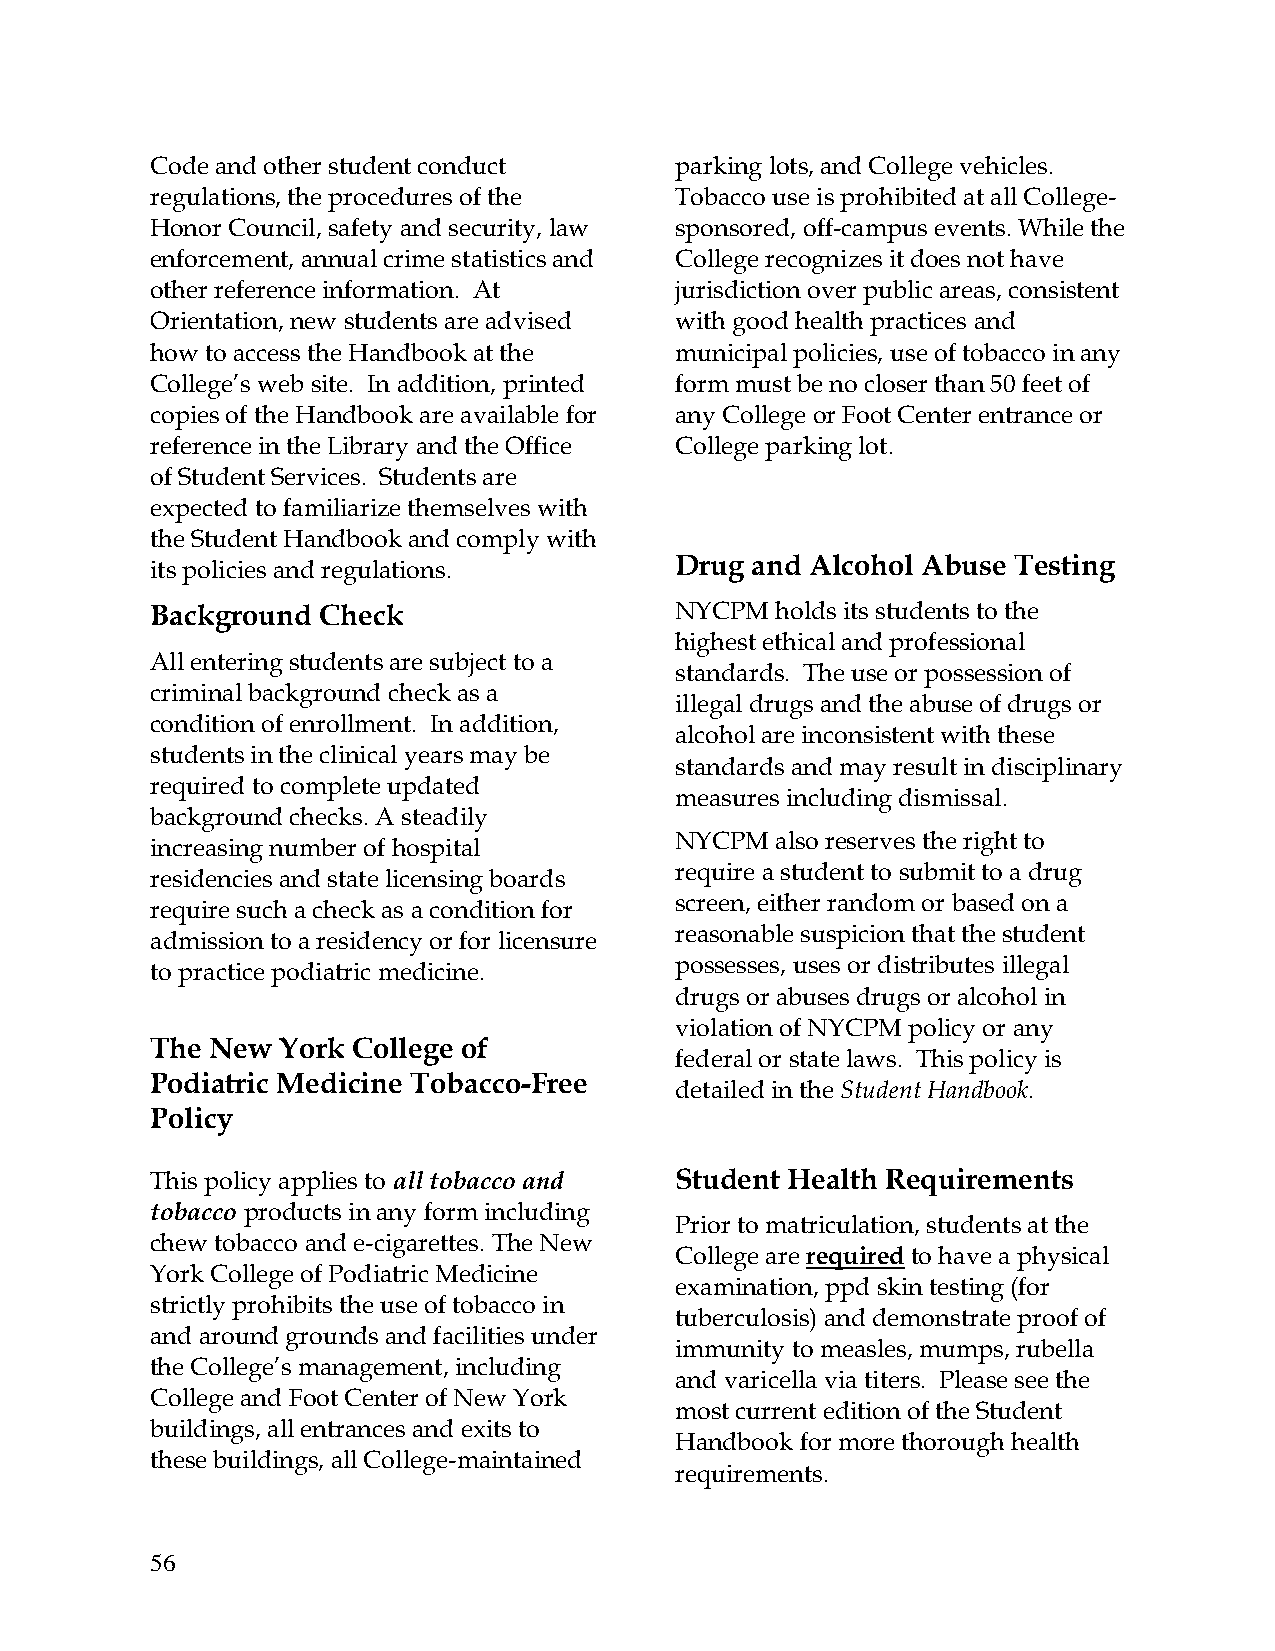
Code and other student conduct     parking lots, and College vehicles.
 regulations, the procedures of the Tobacco use is prohibited at all College-
 Honor Council, safety and security, law sponsored, off-campus events. While the
 enforcement, annual crime statistics and College recognizes it does not have
 other reference information. At    jurisdiction over public areas, consistent
 Orientation, new students are advised with good health practices and
 how to access the Handbook at the  municipal policies, use of tobacco in any
 College’s web site. In addition, printed form must be no closer than 50 feet of
 copies of the Handbook are available for any College or Foot Center entrance or
 reference in the Library and the Office College parking lot.
 of Student Services. Students are
 expected to familiarize themselves with
 the Student Handbook and comply with
 Drug and Alcohol Abuse Testing
 its policies and regulations.
 Background Check                   NYCPM holds its students to the
 highest ethical and professional
 All entering students are subject to a
 standards. The use or possession of
 criminal background check as a
 illegal drugs and the abuse of drugs or
 condition of enrollment. In addition,
 alcohol are inconsistent with these
 students in the clinical years may be
 standards and may result in disciplinary
 required to complete updated
 measures including dismissal.
 background checks. A steadily
 NYCPM also reserves the right to
 increasing number of hospital
 require a student to submit to a drug
 residencies and state licensing boards
 screen, either random or based on a
 require such a check as a condition for
 reasonable suspicion that the student
 admission to a residency or for licensure
 possesses, uses or distributes illegal
 to practice podiatric medicine.
 drugs or abuses drugs or alcohol in
 violation of NYCPM policy or any
 The New  York College of
 federal or state laws. This policy is
 Podiatric Medicine Tobacco-Free
 detailed in the Student Handbook.
 Policy
 This policy applies to all tobacco and Student Health Requirements
 tobacco products in any form including
 Prior to matriculation, students at the
 chew tobacco and e-cigarettes. The New
 College are required to have a physical
 York College of Podiatric Medicine
 examination, ppd skin testing (for
 strictly prohibits the use of tobacco in
 tuberculosis) and demonstrate proof of
 and around grounds and facilities under
 immunity to measles, mumps, rubella
 the College’s management, including
 and varicella via titers. Please see the
 College and Foot Center of New York
 most current edition of the Student
 buildings, all entrances and exits to
 Handbook for more thorough health
 these buildings, all College-maintained
 requirements.
 56